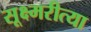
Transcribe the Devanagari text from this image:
सूक्ष्मरीत्या